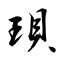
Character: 珼